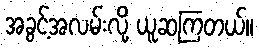
အခွင့်အလမ်းလို့ ယူဆကြတယ်။